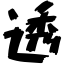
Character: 透